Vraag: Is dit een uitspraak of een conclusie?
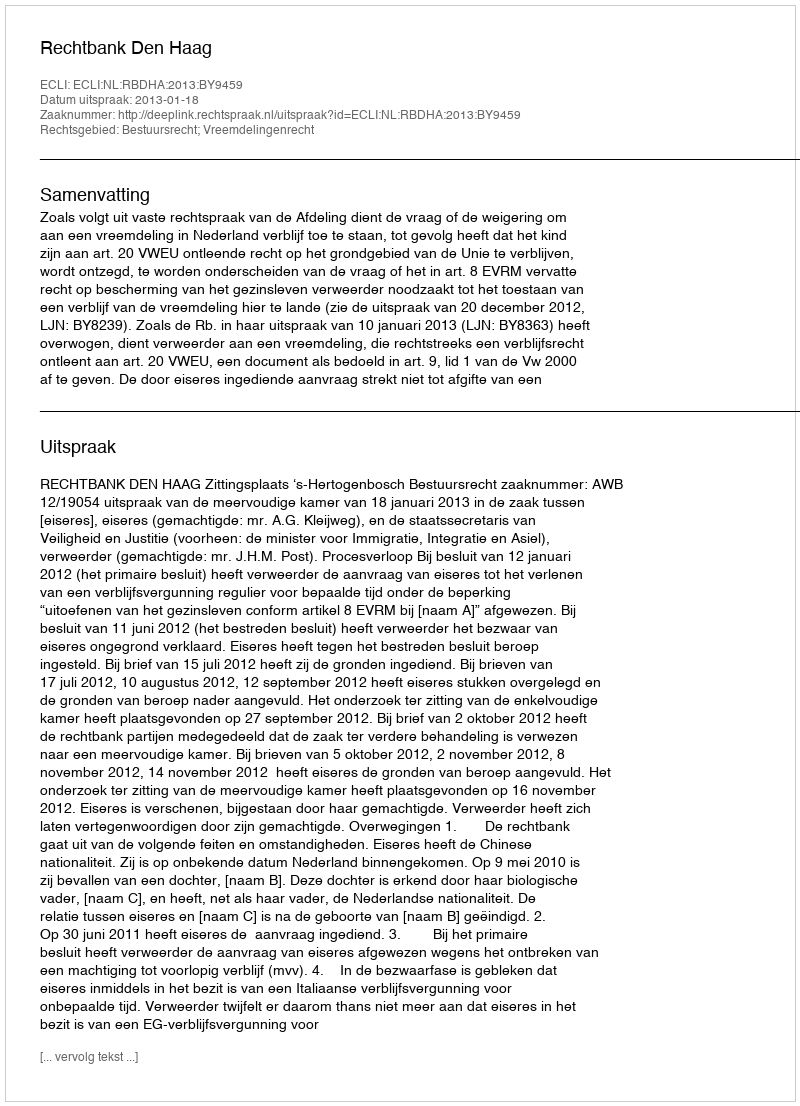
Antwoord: Uitspraak